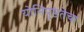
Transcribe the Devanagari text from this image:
योनिपुष्ठतेचा